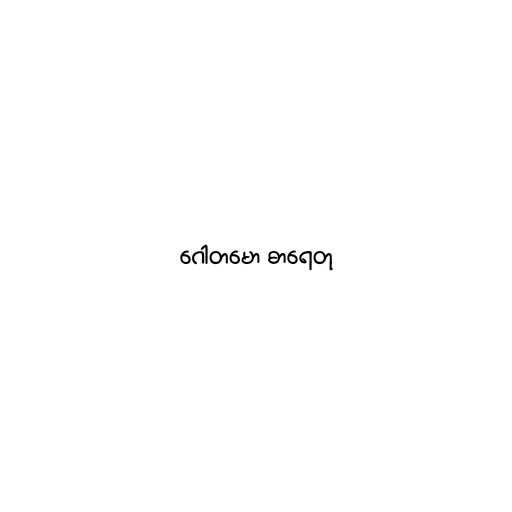
ဂေါတမော ဓာရေတု